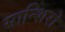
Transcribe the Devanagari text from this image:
सान्शिरो